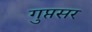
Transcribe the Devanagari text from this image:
गुप्तसर